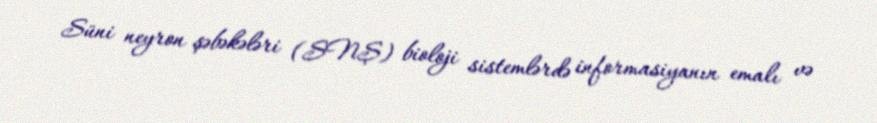
Süni neyron şəbəkələri (SNŞ) bioloji sistemlərdə informasiyanın emalı və